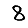
Digit: 8